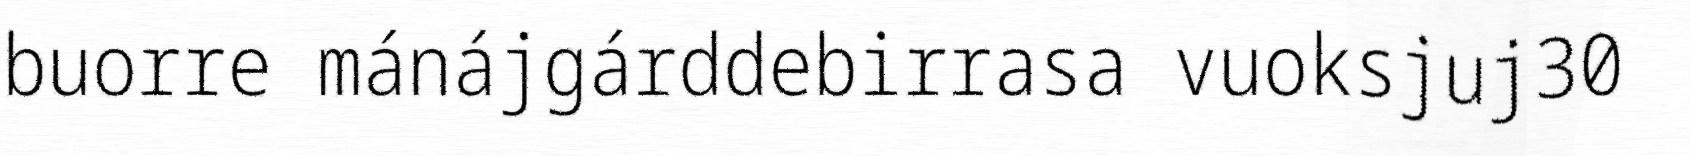
buorre mánájgárddebirrasa vuoksjuj30